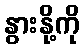
နွားနို့ကို